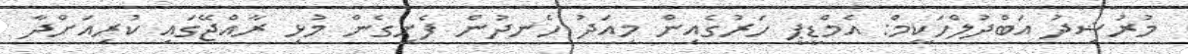
މުރުޝިދު އަބްދުލްހަކީމް: އެމްޑީޕީ ހަރުގެއިން މިއަދު ހެނދުން ފެށިގެން މުޅި ރާއްޖޭގައި ކުރިއަށްދާ